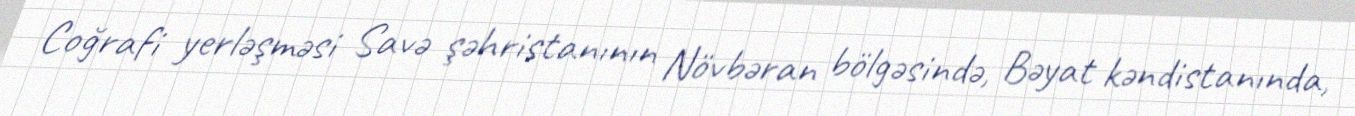
Coğrafi yerləşməsi Savə şəhristanının Növbəran bölgəsində, Bəyat kəndistanında,